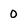
Character: 0